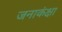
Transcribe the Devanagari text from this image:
जनाकंक्षा